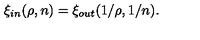
\xi _ { \small i n } ( \rho , n ) = \xi _ { \small o u t } ( 1 / \rho , 1 / n ) .